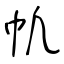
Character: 㠶